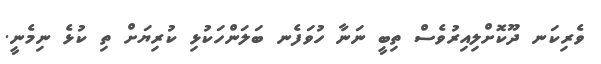
ވެރިކަނ ދޫކޮށްލިއިރުވެސް ތިބީ ނަނާ ހުވަފެނ ބަލަންހަކުޅި ކުރިޔަށް ތި ކުޅެ ނިމެނީ.